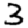
Digit: 3